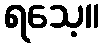
ရသေ့။